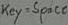
Text: Key=space